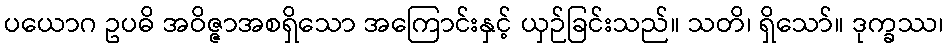
ပယောဂ ဥပဓိ အဝိဇ္ဇာအစရှိသော အကြောင်းနှင့် ယှဉ်ခြင်းသည်။ သတိ၊ ရှိသော်။ ဒုက္ခဿ၊